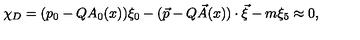
\chi _ { D } = ( p _ { 0 } - Q A _ { 0 } ( x ) ) \xi _ { 0 } - ( \vec { p } - Q \vec { A } ( x ) ) \cdot \vec { \xi } - m \xi _ { 5 } \approx 0 ,